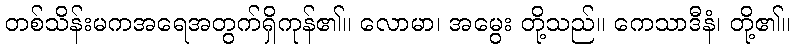
တစ်သိန်းမကအရေအတွက်ရှိကုန်၏။ လောမာ၊ အမွေး တို့သည်။ ကေသာဒီနံ၊ တို့၏။